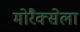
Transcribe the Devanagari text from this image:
मोरैक्सेला